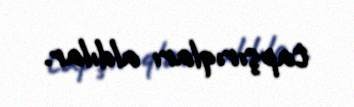
tapşırıqları aldılar.